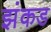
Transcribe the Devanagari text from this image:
झंकड